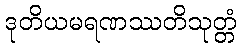
ဒုတိယမရဏဿတိသုတ္တံ